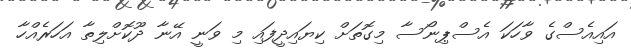
އައިއެސްގެ ވާހަކަ އެސްޕިނޯސާ މިގޮތަށް ކިޔައިދީފައި މި ވަނީ އޭނާ ދޫކޮށްލިތާ އަހަރެއްހާ